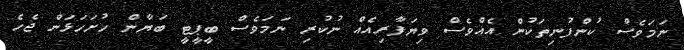
ނަމަވެސް ކުންފުނިތަކުން އެއްވެސް ވިޔަފާރިއެއް ނުކުރި ނަމަވެސް ބީޕީޓީ ބަޔާން ހުށަހަޅަން ޖެހެ